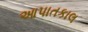
આપાતકાલ